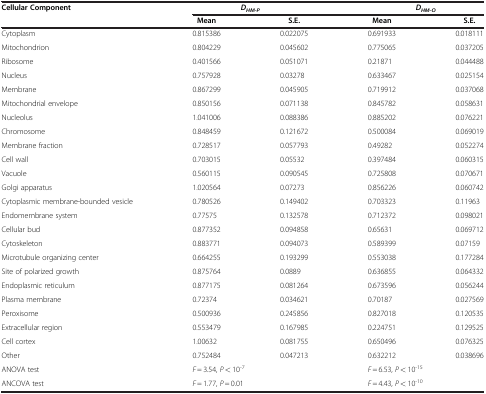
<table><thead><tr><td rowspan="2"><b>Cellular Component</b></td><td colspan="2"><b><i>D</i><sub><i>HM-P</i></sub></b></td><td colspan="2"><b><i>D</i><sub><i>HM-O</i></sub></b></td></tr><tr><td><b> Mean</b></td><td><b> S.E.</b></td><td><b> Mean</b></td><td><b> S.E.</b></td></tr></thead><tbody><tr><td>Cytoplasm</td><td>0.815386</td><td>0.022075</td><td>0.691933</td><td>0.018111</td></tr><tr><td>Mitochondrion</td><td>0.804229</td><td>0.045602</td><td>0.775065</td><td>0.037205</td></tr><tr><td>Ribosome</td><td>0.401566</td><td>0.051071</td><td>0.21871</td><td>0.044488</td></tr><tr><td>Nucleus</td><td>0.757928</td><td>0.03278</td><td>0.633467</td><td>0.025154</td></tr><tr><td>Membrane</td><td>0.867299</td><td>0.045905</td><td>0.719912</td><td>0.037068</td></tr><tr><td>Mitochondrial envelope</td><td>0.850156</td><td>0.071138</td><td>0.845782</td><td>0.058631</td></tr><tr><td>Nucleolus</td><td>1.041006</td><td>0.088386</td><td>0.885202</td><td>0.076221</td></tr><tr><td>Chromosome</td><td>0.848459</td><td>0.121672</td><td>0.500084</td><td>0.069019</td></tr><tr><td>Membrane fraction</td><td>0.728517</td><td>0.057793</td><td>0.49282</td><td>0.052274</td></tr><tr><td>Cell wall</td><td>0.703015</td><td>0.05532</td><td>0.397484</td><td>0.060315</td></tr><tr><td>Vacuole</td><td>0.560115</td><td>0.090545</td><td>0.725808</td><td>0.070671</td></tr><tr><td>Golgi apparatus</td><td>1.020564</td><td>0.07273</td><td>0.856226</td><td>0.060742</td></tr><tr><td>Cytoplasmic membrane-bounded vesicle</td><td>0.780526</td><td>0.149402</td><td>0.703323</td><td>0.11963</td></tr><tr><td>Endomembrane system</td><td>0.77575</td><td>0.132578</td><td>0.712372</td><td>0.098021</td></tr><tr><td>Cellular bud</td><td>0.877352</td><td>0.094858</td><td>0.65631</td><td>0.069712</td></tr><tr><td>Cytoskeleton</td><td>0.883771</td><td>0.094073</td><td>0.589399</td><td>0.07159</td></tr><tr><td>Microtubule organizing center</td><td>0.664255</td><td>0.193299</td><td>0.553038</td><td>0.177284</td></tr><tr><td>Site of polarized growth</td><td>0.875764</td><td>0.0889</td><td>0.636855</td><td>0.064332</td></tr><tr><td>Endoplasmic reticulum</td><td>0.877175</td><td>0.081264</td><td>0.673596</td><td>0.056244</td></tr><tr><td>Plasma membrane</td><td>0.72374</td><td>0.034621</td><td>0.70187</td><td>0.027569</td></tr><tr><td>Peroxisome</td><td>0.500936</td><td>0.245856</td><td>0.827018</td><td>0.120535</td></tr><tr><td>Extracellular region</td><td>0.553479</td><td>0.167985</td><td>0.224751</td><td>0.129525</td></tr><tr><td>Cell cortex</td><td>1.00632</td><td>0.081755</td><td>0.650496</td><td>0.076325</td></tr><tr><td>Other</td><td>0.752484</td><td>0.047213</td><td>0.632212</td><td>0.038696</td></tr><tr><td>ANOVA test</td><td><i>F</i> = 3.54, <i>P</i> &lt; 10<sup>-7</sup></td><td> </td><td><i>F</i> = 6.53, <i>P</i> &lt; 10<sup>-15</sup></td><td> </td></tr><tr><td>ANCOVA test</td><td><i>F</i> = 1.77, <i>P</i> = 0.01</td><td> </td><td><i>F</i> = 4.43, <i>P</i> &lt; 10<sup>-10</sup></td><td> </td></tr></tbody></table>